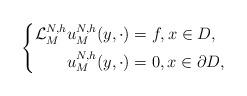
LaTeX: \begin{align*}\left\{\begin{aligned}\mathcal{L}_{M}^{N,h} u_M^{N,h}(y,\cdot)& = f,x\in D,\\u_M^{N,h}(y,\cdot)&=0,x\in \partial D,\end{aligned}\right.\end{align*}